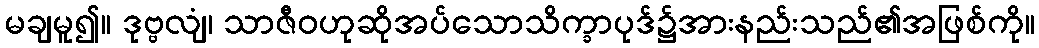
မချမူ၍။ ဒုဗ္ဗလျံ၊ သာဇီဝဟုဆိုအပ်သောသိက္ခာပုဒ်၌အားနည်းသည်၏အဖြစ်ကို။